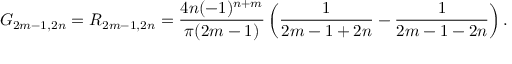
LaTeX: G _ { 2 m - 1 , 2 n } = R _ { 2 m - 1 , 2 n } = \frac { 4 n ( - 1 ) ^ { n + m } } { \pi ( 2 m - 1 ) } \left( \frac { 1 } { 2 m - 1 + 2 n } - \frac { 1 } { 2 m - 1 - 2 n } \right) .